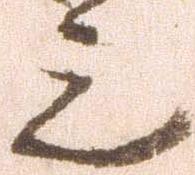
上